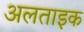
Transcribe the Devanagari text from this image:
अलताइक